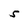
Character: S